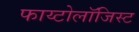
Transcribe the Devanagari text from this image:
फाय्टोलॉजिस्ट